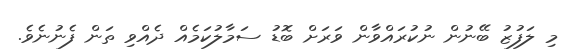
މި ލަފުޒު ބޭނުން ނުކުރައްވާން ވަރަށް ބޮޑު ސަމާލުކަމެއް ދެއްވި ތަން ފެނުނެވެ.